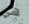
هي